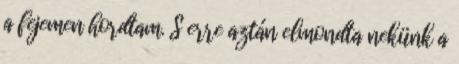
a fejemen hordtam. S erre aztán elmondta nekünk a